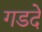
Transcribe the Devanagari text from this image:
गडदे